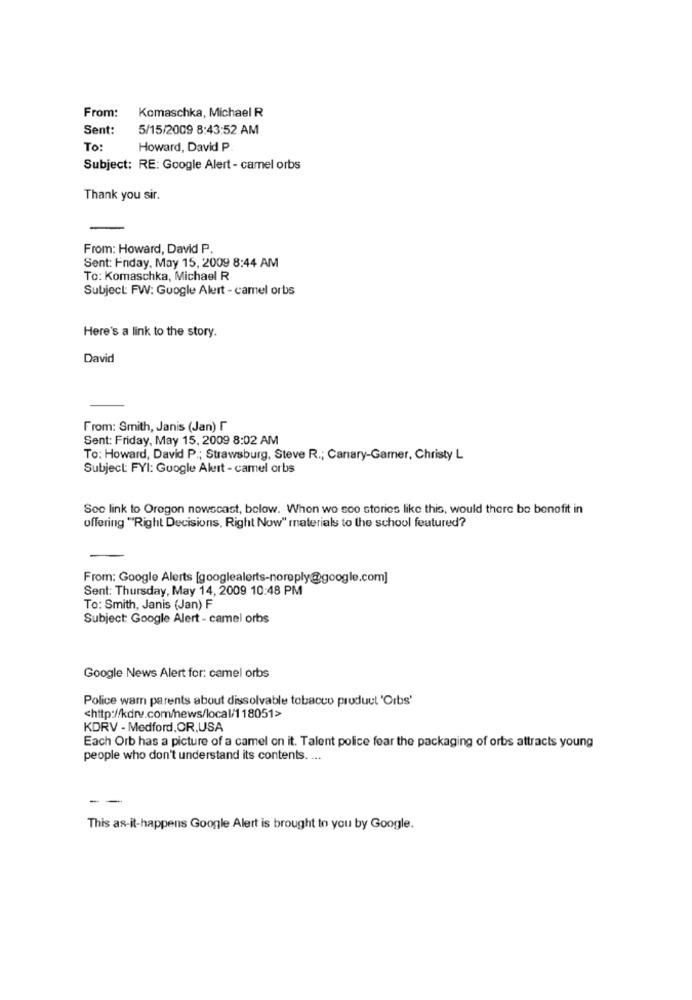
Komaschka, Michael R
From:
Sent:
5/15/2009 8:43:52 AM
To:
Howard, David P
Subject: RE: Google Alert - camel orbs
Thank you sir.
From: Howard, David P
Sent: Friday, May 15, 2009 8:44 AM
To: Komaschka, Michael R
Subject: FW: Google Alert - camel orbs
Here's a link to the story.
David
From: Smith, Janis (Jan)
Sent: Friday, May 15, 2009 8:02 AM
To: Howard, David P .; Strawsburg, Steve R .; Canary-Gamer, Christy L
Subject: FYI: Google Aleit - camel orbs
See link to Oregon nowscast, below. When wo soo stories like this, would there be benofit in
offering "Right Decisions, Right Now" materials to the school featured?
From: Google Alerts [googlealerts-noreply@google.com]
Sent: Thursday, May 14, 2009 10:48 PM
To: Smith, Janis (Jan) F
Subject: Google Alert - camel orbs
Google News Alert for: camel orbs
Police wam parents about dissolvable tobacco pruduct 'Orbs'
<http://kdrv.com/news/local/118051>
KDRV - Medford, OR,USA
Each Orb has a picture of a camel on it. Talent police fear the packaging of orbs attracts young
people who don't understand its contents. ...
-
This as-it-happens Google Alert is brought to you by Google.